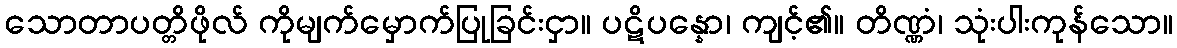
သောတာပတ္တိဖိုလ် ကိုမျက်မှောက်ပြုခြင်းငှာ။ ပဋိပန္နော၊ ကျင့်၏။ တိဏ္ဏံ၊ သုံးပါးကုန်သော။